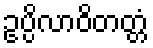
ဥပ္ပိလာဝိတတ္တံ